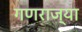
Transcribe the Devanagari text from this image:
गणराज्या